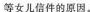
等女儿信件的原因。